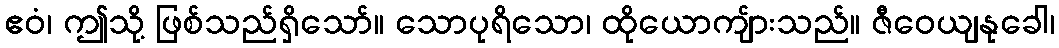
ဧဝံ၊ ဤသို့ ဖြစ်သည်ရှိသော်။ သောပုရိသော၊ ထိုယောကျ်ားသည်။ ဇီဝေယျနုခေါ၊